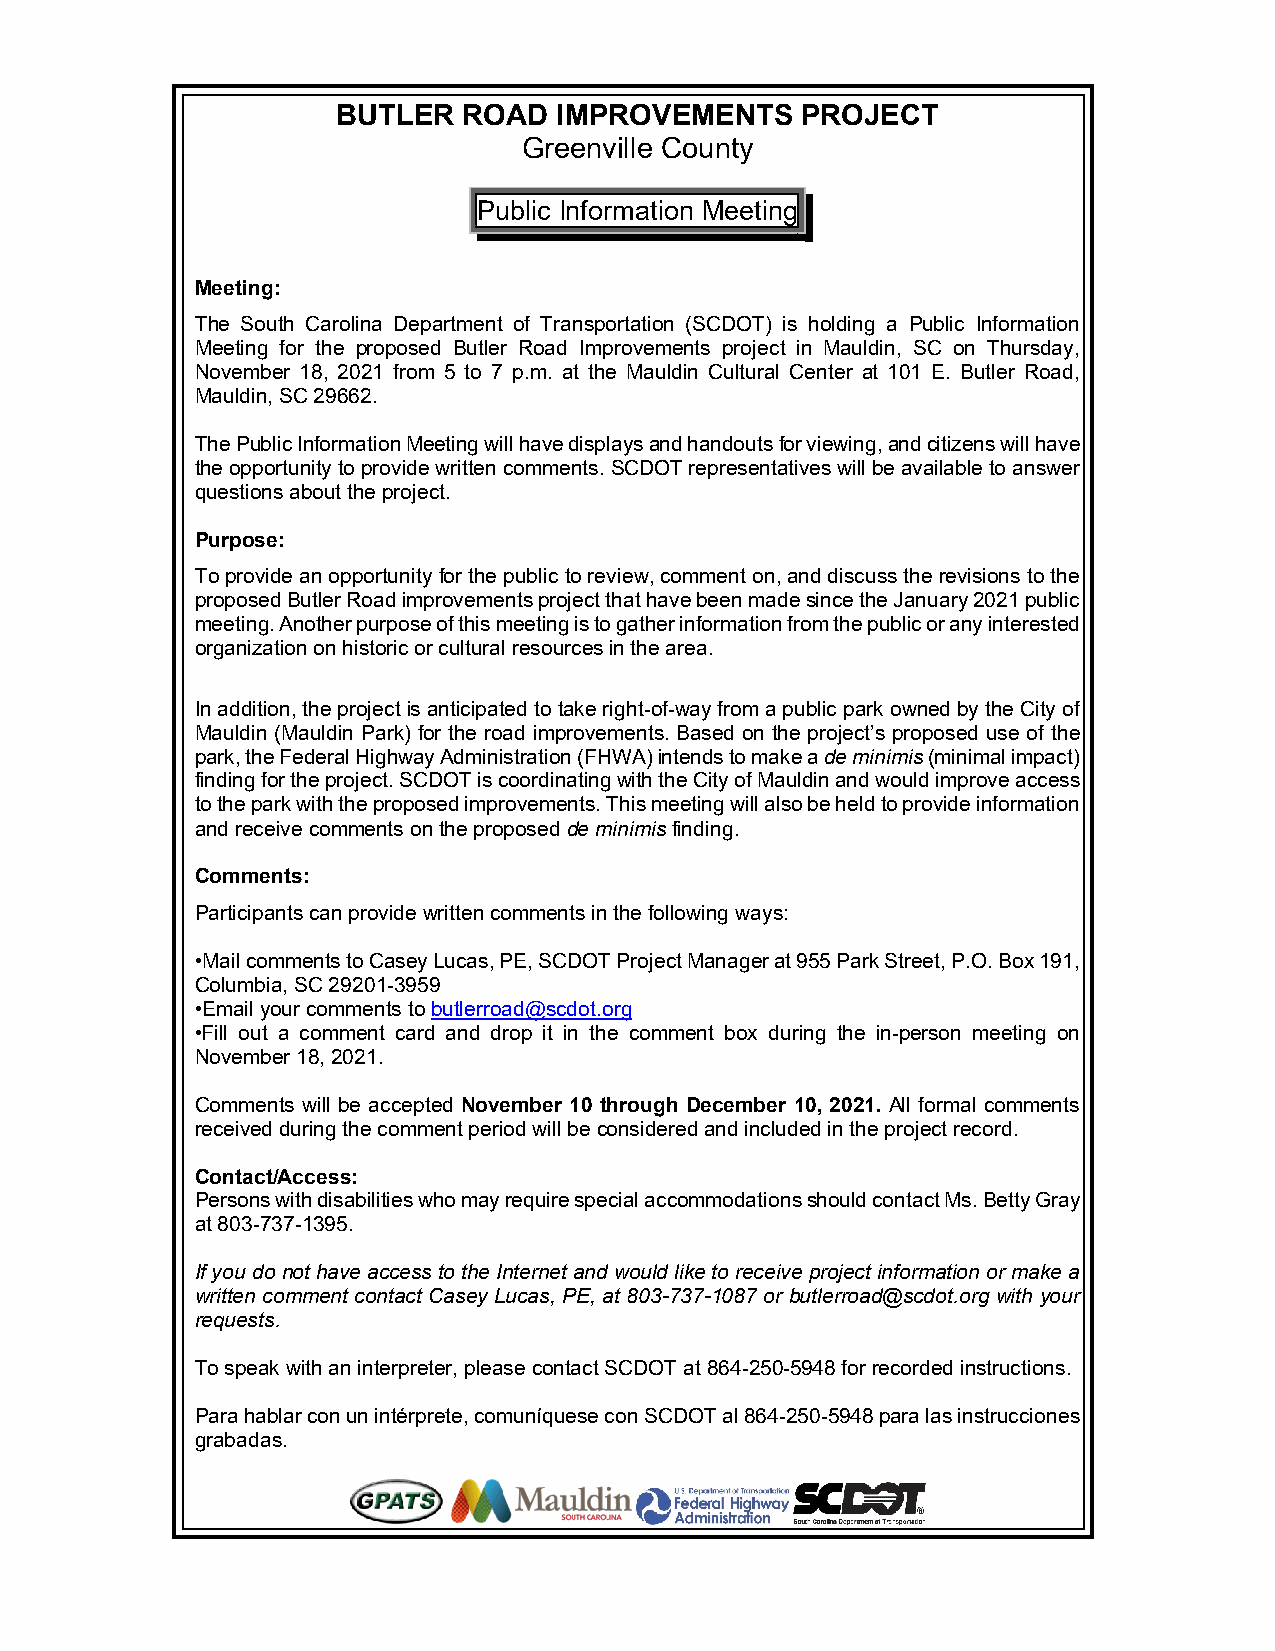
BUTLER   ROAD  IMPROVEMENTS    PROJECT
 Greenville County
 Public Information Meeting
 Meeting:
 The South Carolina Department of Transportation (SCDOT) is holding a Public Information
 Meeting for the proposed Butler Road Improvements project in Mauldin, SC on Thursday,
 November 18, 2021 from 5 to 7 p.m. at the Mauldin Cultural Center at 101 E. Butler Road,
 Mauldin, SC 29662.
 The Public Information Meeting will have displays and handouts for viewing, and citizens will have
 the opportunity to provide written comments. SCDOT representatives will be available to answer
 questions about the project.
 Purpose:
 To provide an opportunity for the public to review, comment on, and discuss the revisions to the
 proposed Butler Road improvements project that have been made since the January 2021 public
 meeting. Another purpose of this meeting is to gather information from the public or any interested
 organization on historic or cultural resources in the area.
 In addition, the project is anticipated to take right-of-way from a public park owned by the City of
 Mauldin (Mauldin Park) for the road improvements. Based on the project’s proposed use of the
 park, the Federal Highway Administration (FHWA) intends to make a de minimis (minimal impact)
 finding for the project. SCDOT is coordinating with the City of Mauldin and would improve access
 to the park with the proposed improvements. This meeting will also be held to provide information
 and receive comments on the proposed de minimis finding.
 Comments:
 Participants can provide written comments in the following ways:
 •Mail comments to Casey Lucas, PE, SCDOT Project Manager at 955 Park Street, P.O. Box 191,
 Columbia, SC 29201-3959
 •Email your comments to butlerroad@scdot.org
 •Fill out a comment card and drop it in the comment box during the in-person meeting on
 November 18, 2021.
 Comments will be accepted November 10 through December 10, 2021. All formal comments
 received during the comment period will be considered and included in the project record.
 Contact/Access:
 Persons with disabilities who may require special accommodations should contact Ms. Betty Gray
 at 803-737-1395.
 If you do not have access to the Internet and would like to receive project information or make a
 written comment contact Casey Lucas, PE, at 803-737-1087 or butlerroad@scdot.org with your
 requests.
 To speak with an interpreter, please contact SCDOT at 864-250-5948 for recorded instructions.
 Para hablar con un intérprete, comuníquese con SCDOT al 864-250-5948 para las instrucciones
 grabadas.